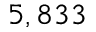
5 , 8 3 3